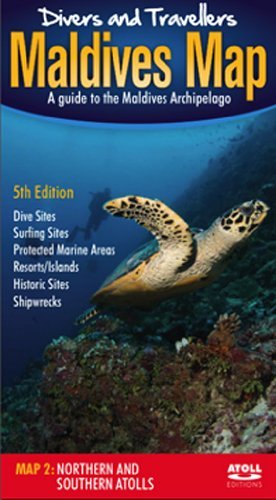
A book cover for Divers' and Travellers' Maldives Map: Northern and Southern Atolls (English and Russian Edition); Tim Godfrey; Travel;